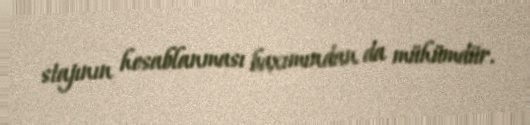
stajının hesablanması baxımından da mühümdür.